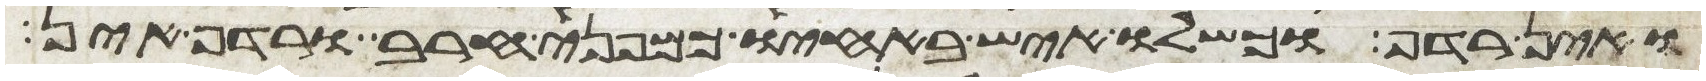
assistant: ואין רדף וכשלו איש באחיו כמפני חרב ורדף אין